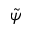
\tilde { \psi }